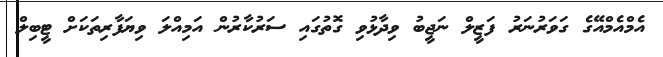
އެމްއެމްއޭގެ ގަވަރުނަރު ފަޒީލް ނަޖީބު ވިދާޅުވި ގޮތުގައި ސަރުކާރުން އަމިއްލަ ވިޔަފާރިތަކަށް ޓީބިލް